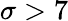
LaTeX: \sigma>7